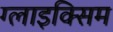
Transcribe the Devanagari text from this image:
ग्लाइक्सिम